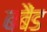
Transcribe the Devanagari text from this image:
बबैंड